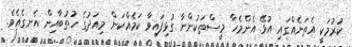
ކުރުމަކީ އެތަނެއްގައި އުޅޭ އެންމެހާ މީސްތަކުންނާ ގުޅިފައިވާ ކަމެއްކަން މިއަދުގެ ހުތުބާއިން އެނގެއެވެ.